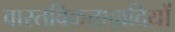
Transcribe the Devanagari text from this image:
वास्तविकतावादियों